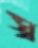
স্ব